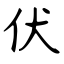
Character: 伏